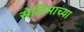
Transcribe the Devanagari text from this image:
सेलिमाच्या